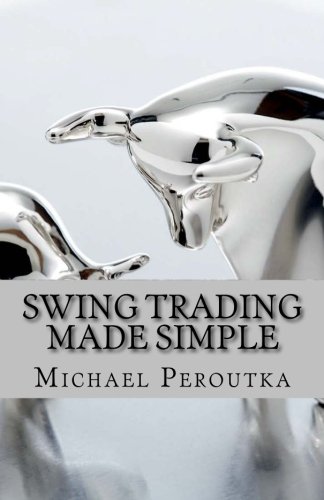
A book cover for Swing Trading Made Simple; Michael Peroutka; Business & Money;